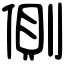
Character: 側